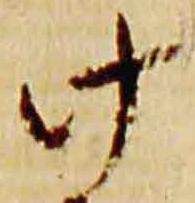
此